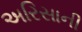
અરિસાની